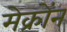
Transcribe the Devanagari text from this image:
मेक्रोंन